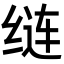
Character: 𦈐